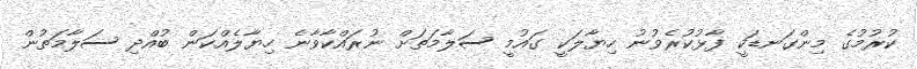
ކުރުމުގެ މިންގަނޑަކީ ފާޅުކުރެވުނު ހިޔާލަކީ ގައުމީ ސަލާމަތަށް ނުރައްކާވާނެ ހިޔާލެއްކަން ބުއްދި ސަލާމަތުން